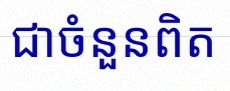
សន្មតថា x ជាចំនួនពិត